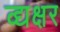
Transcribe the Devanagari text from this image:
द्व्यक्षर